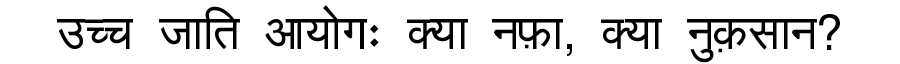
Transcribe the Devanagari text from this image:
उच्च जाति आयोगः क्या नफ़ा, क्या नुक़सान?